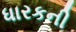
ધારકની